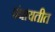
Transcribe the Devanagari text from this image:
पंचायतीत